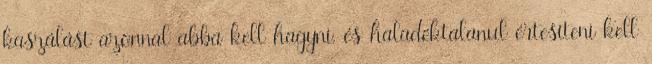
kaszálást azonnal abba kell hagyni, és haladéktalanul értesíteni kell